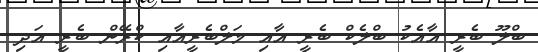
ބްލޫ ބެރީ އާއެކު ބްލެކް ބެރީ އާއި މަލްބެރީއާއި ކްރޭން ބެރީ އަދި